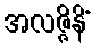
အလဇ္ဇိနိံ